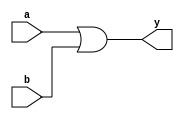
`ifndef INCLUDED_7432
`define INCLUDED_7432

`timescale 1ns/1ps

module ic7432_or #(parameter TPLH = 15, TPHL = 22)(input wire a, b, output wire y);
    assign #(TPLH, TPHL) y = a | b;
endmodule

module ic74hc32_or(input wire a, b, output wire y);
    ic7432_or #(.TPLH(18), .TPHL(18)) delegate(a, b, y);
endmodule

module ic74hct32_or(input wire a, b, output wire y);
    ic7432_or #(.TPLH(24), .TPHL(24)) delegate(a, b, y);
endmodule

`endif